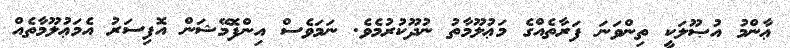
ޢާންމު އުޞޫލަކީ ތިންވަނަ ފަރާތެއްގެ މަޢުލޫމާތު ނުދޫކުރުމެވެ. ނަމަވެސް އިންފޮމޭޝަން އޮފިސަރު އެމަޢުލޫމާތެއް